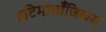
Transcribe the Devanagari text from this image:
इटिमालाँजिकम्